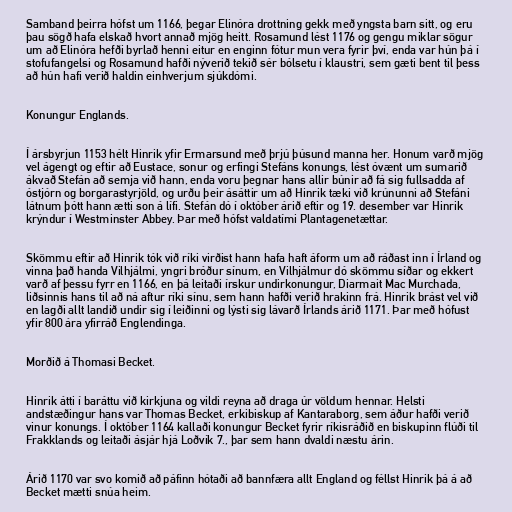
Samband þeirra hófst um 1166, þegar Elinóra drottning gekk með yngsta barn sitt, og eru
þau sögð hafa elskað hvort annað mjög heitt. Rosamund lést 1176 og gengu miklar sögur
um að Elinóra hefði byrlað henni eitur en enginn fótur mun vera fyrir því, enda var hún þá í
stofufangelsi og Rosamund hafði nýverið tekið sér bólsetu í klaustri, sem gæti bent til þess
að hún hafi verið haldin einhverjum sjúkdómi.

Konungur Englands.

Í ársbyrjun 1153 hélt Hinrik yfir Ermarsund með þrjú þúsund manna her. Honum varð mjög
vel ágengt og eftir að Eustace, sonur og erfingi Stefáns konungs, lést óvænt um sumarið
ákvað Stefán að semja við hann, enda voru þegnar hans allir búnir að fá sig fullsadda af
óstjórn og borgarastyrjöld, og urðu þeir ásáttir um að Hinrik tæki við krúnunni að Stefáni
látnum þótt hann ætti son á lífi. Stefán dó í október árið eftir og 19. desember var Hinrik
krýndur í Westminster Abbey. Þar með hófst valdatími Plantagenetættar.

Skömmu eftir að Hinrik tók við ríki virðist hann hafa haft áform um að ráðast inn í Írland og
vinna það handa Vilhjálmi, yngri bróður sínum, en Vilhjálmur dó skömmu síðar og ekkert
varð af þessu fyrr en 1166, en þá leitaði írskur undirkonungur, Diarmait Mac Murchada,
liðsinnis hans til að ná aftur ríki sínu, sem hann hafði verið hrakinn frá. Hinrik brást vel við
en lagði allt landið undir sig í leiðinni og lýsti sig lávarð Írlands árið 1171. Þar með hófust
yfir 800 ára yfirráð Englendinga.

Morðið á Thomasi Becket.

Hinrik átti í baráttu við kirkjuna og vildi reyna að draga úr völdum hennar. Helsti
andstæðingur hans var Thomas Becket, erkibiskup af Kantaraborg, sem áður hafði verið
vinur konungs. Í október 1164 kallaði konungur Becket fyrir ríkisráðið en biskupinn flúði til
Frakklands og leitaði ásjár hjá Loðvík 7., þar sem hann dvaldi næstu árin.

Árið 1170 var svo komið að páfinn hótaði að bannfæra allt England og féllst Hinrik þá á að
Becket mætti snúa heim.